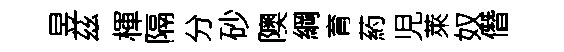
昱茲楎隔分砂隩綱育葯児萊奴僭